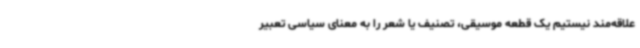
علاقه‌مند نیستیم یک قطعه موسیقی، تصنیف یا شعر را به معنای سیاسی تعبیر